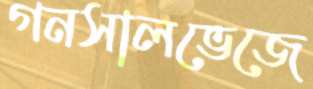
গনসালভেজে